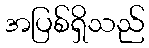
အပြစ်ရှိသည်